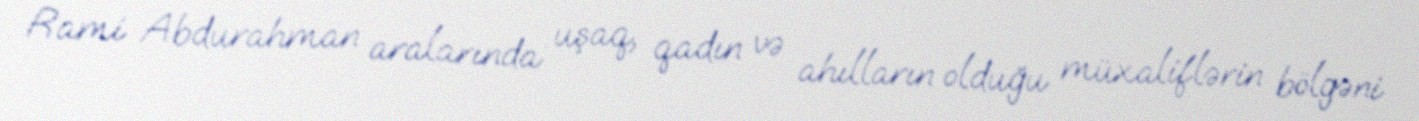
Rami Abdurahman aralarında uşaq, qadın və ahılların olduğu müxaliflərin bölgəni